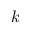
k